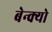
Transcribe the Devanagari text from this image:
बेन्क्यो